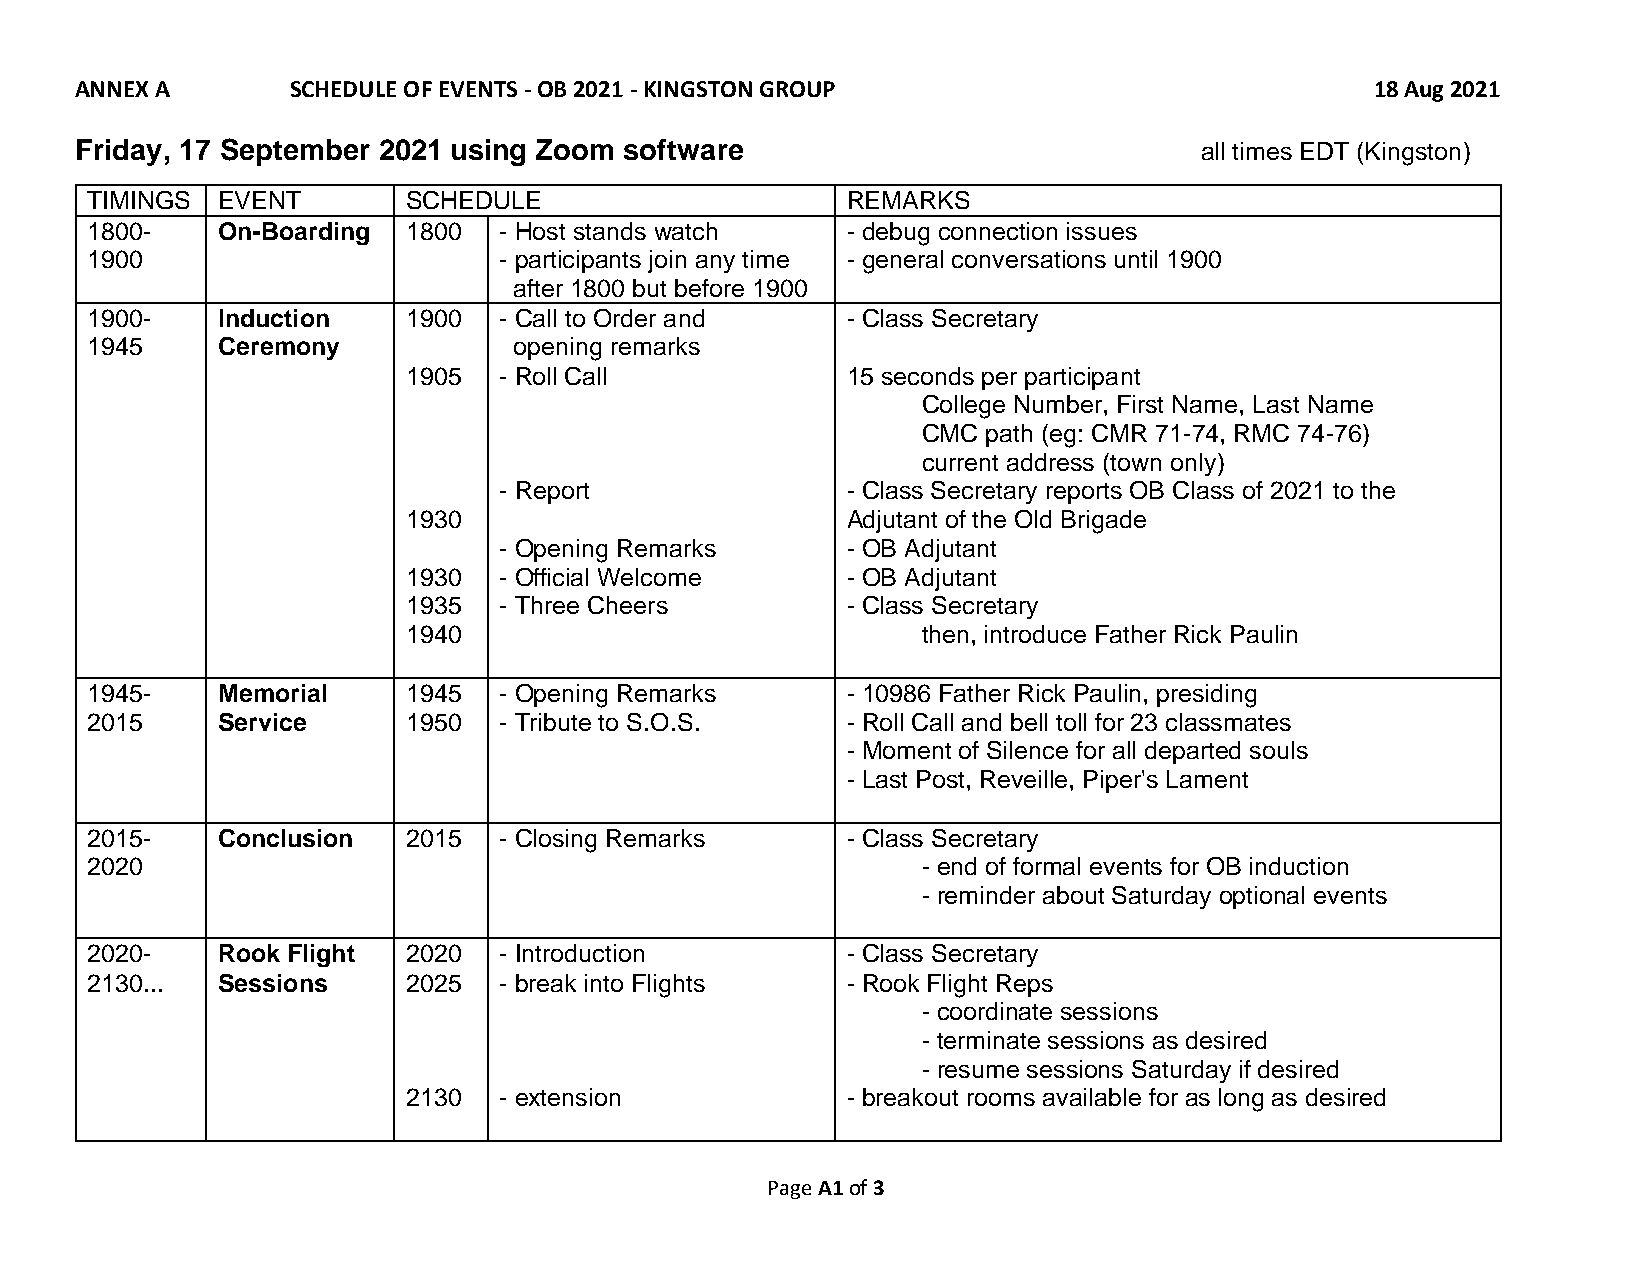
ANNEX A       SCHEDULE OF EVENTS - OB 2021 - KINGSTON GROUP                           18 Aug 2021
 Friday, 17 September 2021 using Zoom software                             all times EDT (Kingston)
 TIMINGS EVENT        SCHEDULE                     REMARKS
 1800-   On-Boarding  1800  - Host stands watch    - debug connection issues
 1900                       - participants join any time - general conversations until 1900
 after 1800 but before 1900
 1900-   Induction    1900  - Call to Order and    - Class Secretary
 1945    Ceremony            opening remarks
 1905  - Roll Call            15 seconds per participant
 College Number, First Name, Last Name
 CMC path (eg: CMR 71-74, RMC 74-76)
 current address (town only)
 - Report               - Class Secretary reports OB Class of 2021 to the
 1930                         Adjutant of the Old Brigade
 - Opening Remarks      - OB Adjutant
 1930  - Official Welcome     - OB Adjutant
 1935  - Three Cheers         - Class Secretary
 1940                              then, introduce Father Rick Paulin
 1945-   Memorial     1945  - Opening Remarks      - 10986 Father Rick Paulin, presiding
 2015    Service      1950  - Tribute to S.O.S.    - Roll Call and bell toll for 23 classmates
 - Moment of Silence for all departed souls
 - Last Post, Reveille, Piper's Lament
 2015-   Conclusion   2015  - Closing Remarks      - Class Secretary
 2020                                                   - end of formal events for OB induction
 - reminder about Saturday optional events
 2020-   Rook Flight  2020  - Introduction         - Class Secretary
 2130... Sessions     2025  - break into Flights   - Rook Flight Reps
 - coordinate sessions
 - terminate sessions as desired
 - resume sessions Saturday if desired
 2130  - extension            - breakout rooms available for as long as desired
 Page A1 of 3